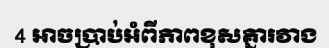
4 អាចប្រាប់អំពីភាពខុសគ្នារវាង